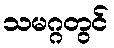
သမဂ္ဂတွင်